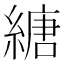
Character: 䌅